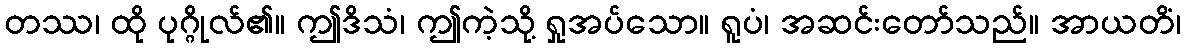
တဿ၊ ထို ပုဂ္ဂိုလ်၏။ ဤဒိသံ၊ ဤကဲ့သို့ ရှုအပ်သော။ ရူပံ၊ အဆင်းတော်သည်။ အာယတိံ၊